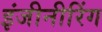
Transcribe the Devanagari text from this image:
इंजीनीरिंग